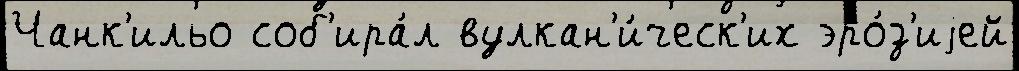
Чанк'ильо соб'ира́л вулкан'и́ческ'их эро́з'иjей